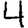
Digit: 4